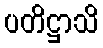
ပတိဋ္ဌာသိ